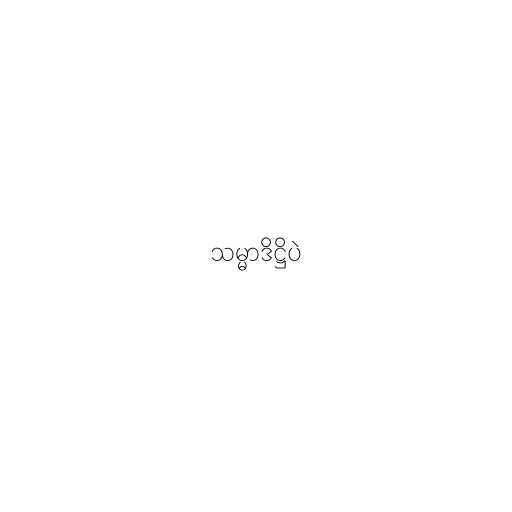
သမ္မာဒိဋ္ဌိပဲ